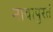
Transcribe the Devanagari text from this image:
नावापुरतं